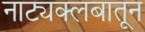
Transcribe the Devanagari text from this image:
नाट्यक्लबातून